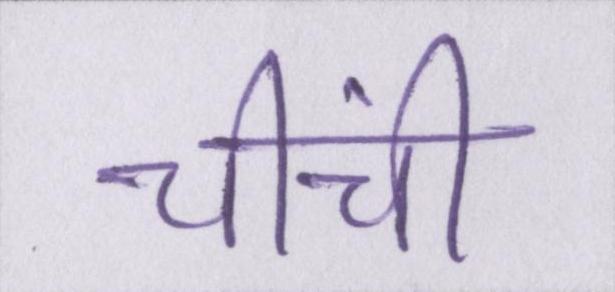
चींची